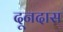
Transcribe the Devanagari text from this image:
दूनदास